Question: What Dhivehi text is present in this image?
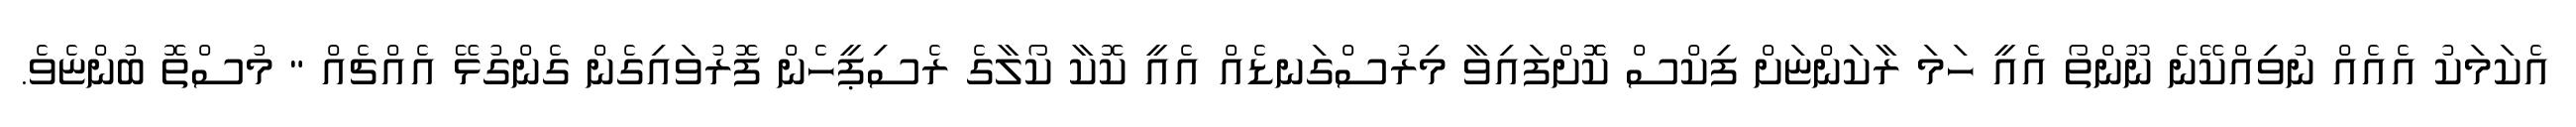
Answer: އެކަމަކު އެއެއް ނުވިއްކޭނެ ނޫންތޯ އެއީ ހަމަ ރާކަންޏަށް ފިކްސް ކޮޮށްފައިވާ މިރުސްގަނޑެއް އެއީ ކޮކާ ކޯލާގެ ރެސިޕީހެން ފޮރުވައިގެން ގެންގުޅޭ އެއްޗެއް " މުސްތޮ ބުންޏެވެ.